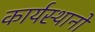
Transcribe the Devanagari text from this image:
कार्यस्थानों